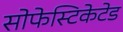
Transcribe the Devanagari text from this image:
सोफेस्टिकेटेड